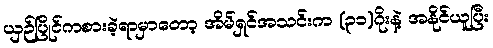
ယှဉ်ပြိုင်ကစားခဲ့ရာမှာတော့ အိမ်ရှင်အသင်းက (၃၁)ဂိုးနဲ့ အနိုင်ယူပြီး